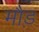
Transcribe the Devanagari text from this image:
मौड़